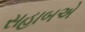
સહાબએ